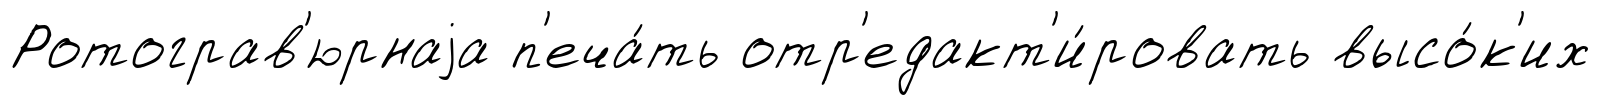
Ротограв'юрнаjа п'еча́ть отр'едакт'и́ровать высо́к'их